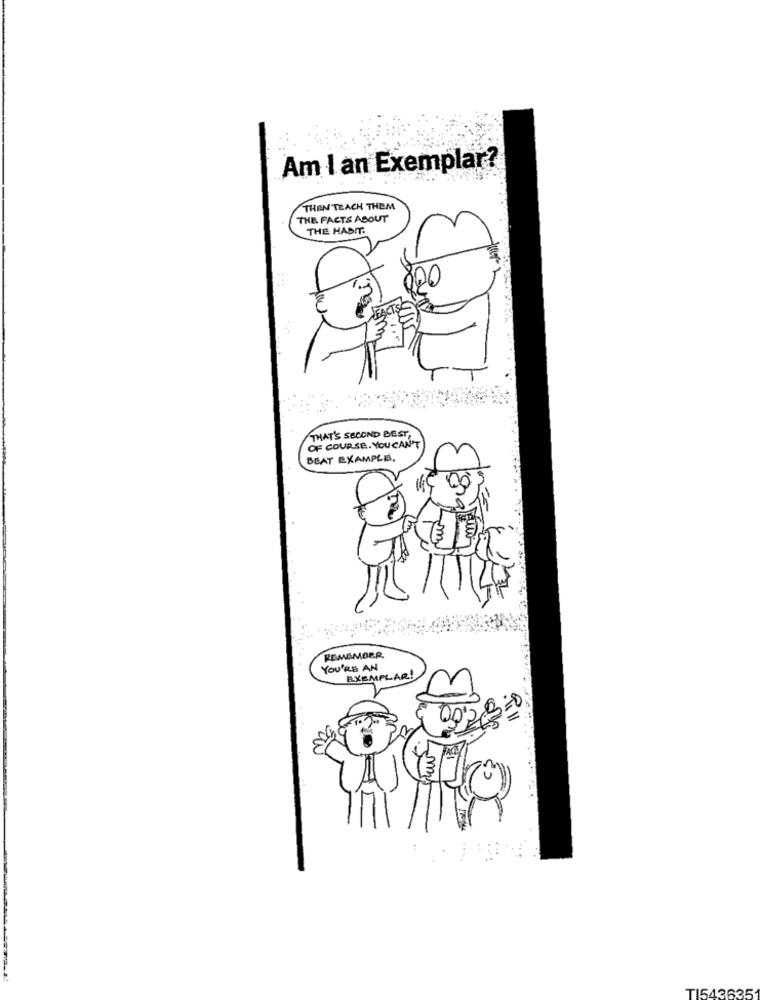
Am I an Exemplar?
THEN TEACH THEM
THE FACTS ABOUT
THE HABIT.
000
THAT'S SECOND BEST,
OF COURSE. YOU CAN'T
BEAT EXAMPLE.
REMEMBER,
YOU'RE AN
EXEMPLAR!
TI543635